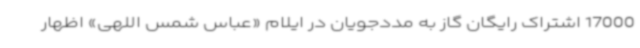
17000 اشتراک رایگان گاز به مددجویان در ایلام «عباس شمس اللهی» اظهار